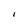
Character: I